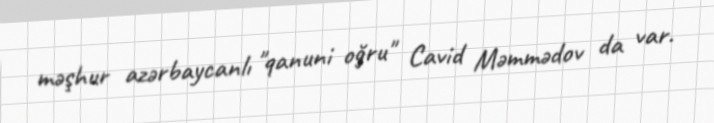
məşhur azərbaycanlı "qanuni oğru" Cavid Məmmədov da var.